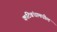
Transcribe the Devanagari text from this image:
कटिबंधामधील